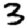
Digit: 3